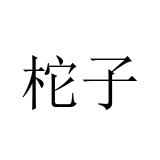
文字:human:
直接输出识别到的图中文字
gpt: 柁子